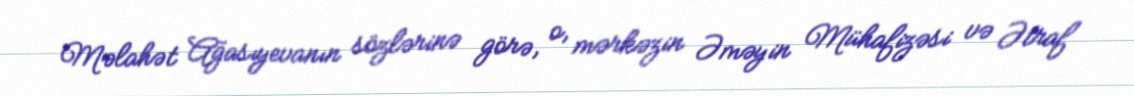
Məlahət Ağasıyevanın sözlərinə görə, o, mərkəzin Əməyin Mühafizəsi və Ətraf